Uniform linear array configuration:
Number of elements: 32
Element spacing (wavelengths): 1
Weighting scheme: uniform
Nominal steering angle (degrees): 30
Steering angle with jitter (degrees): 30.098
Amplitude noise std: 0.05
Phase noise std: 0.05

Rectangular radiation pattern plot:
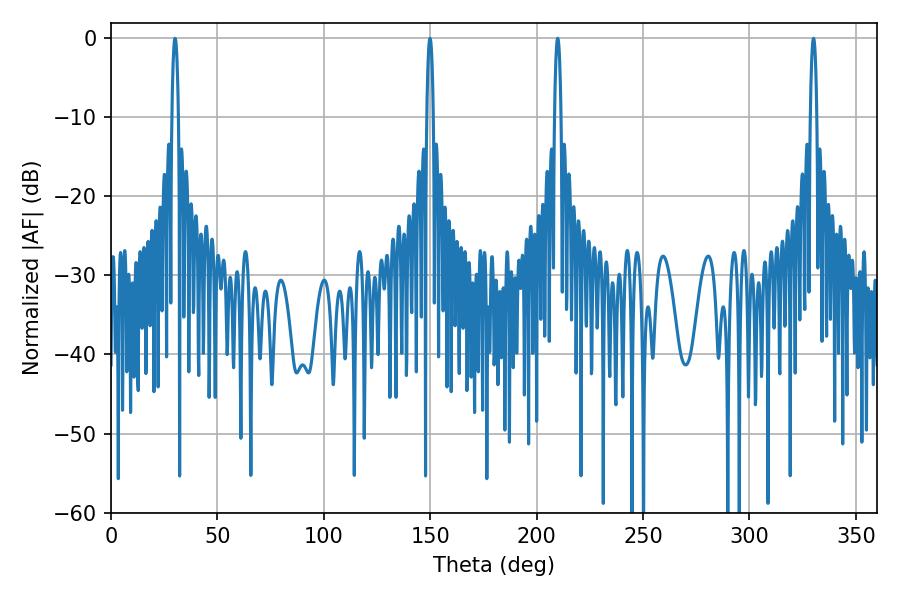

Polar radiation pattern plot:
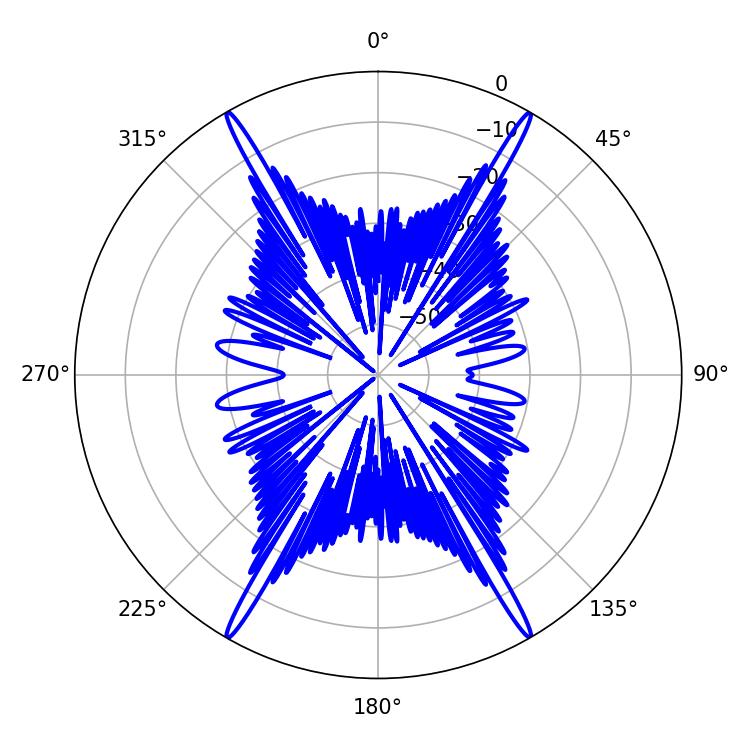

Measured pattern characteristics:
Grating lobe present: TRUE
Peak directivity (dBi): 43.569
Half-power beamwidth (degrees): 1.62
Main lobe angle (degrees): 209.88